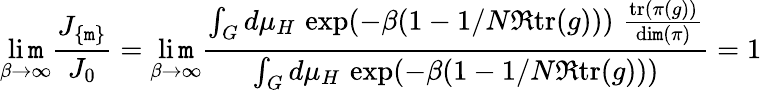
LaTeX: \operatorname*{li\mathtt{m}}_{\beta\to\infty}\frac{{J_{\{ \mathtt{m}\} }}}{{J_{0}}}=\operatorname*{li\mathtt{m}}_{\beta\to\infty}\frac{{\int_{G}d\mu_{H}\, \exp(-\beta(1-1/N\Re\mathrm{{tr}}(g)))\, \, \frac{{\mathrm{{tr}}(\pi(g))}}{{\mathrm{{di\mathtt{m}}}(\pi)}}}}{{\int_{G}d\mu_{H}\, \exp(-\beta(1-1/N\Re\mathrm{{tr}}(g)))}}=1